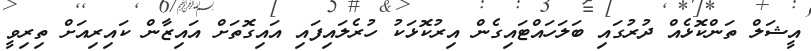
އީޝަލް ތަންކޮޅެއް ދުރުގައި ބަލަހައްޓައިގެން އިރުކޮޅަކު ހުރެލައިފައި އައިގޮތަށް އައިޒާން ކައިރިއަށް ތިރިވީ